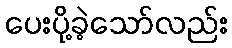
ပေးပို့ခဲ့သော်လည်း